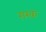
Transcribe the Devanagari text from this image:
ग़रक